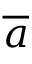
\overline { { a } }